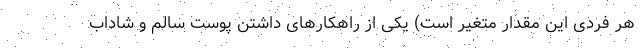
هر فردی این مقدار متغیر است) یکی از راهکارهای داشتن پوست سالم و شاداب